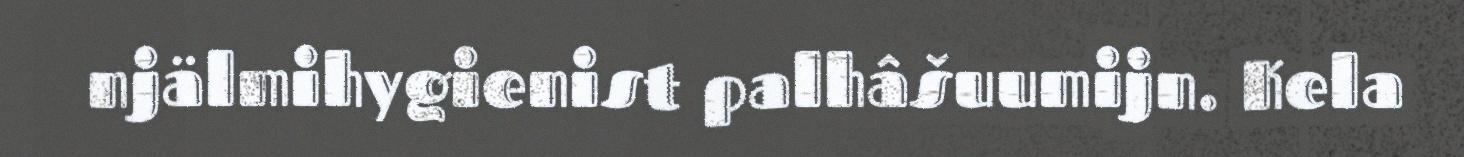
njälmihygienist palhâšuumijn. Kela